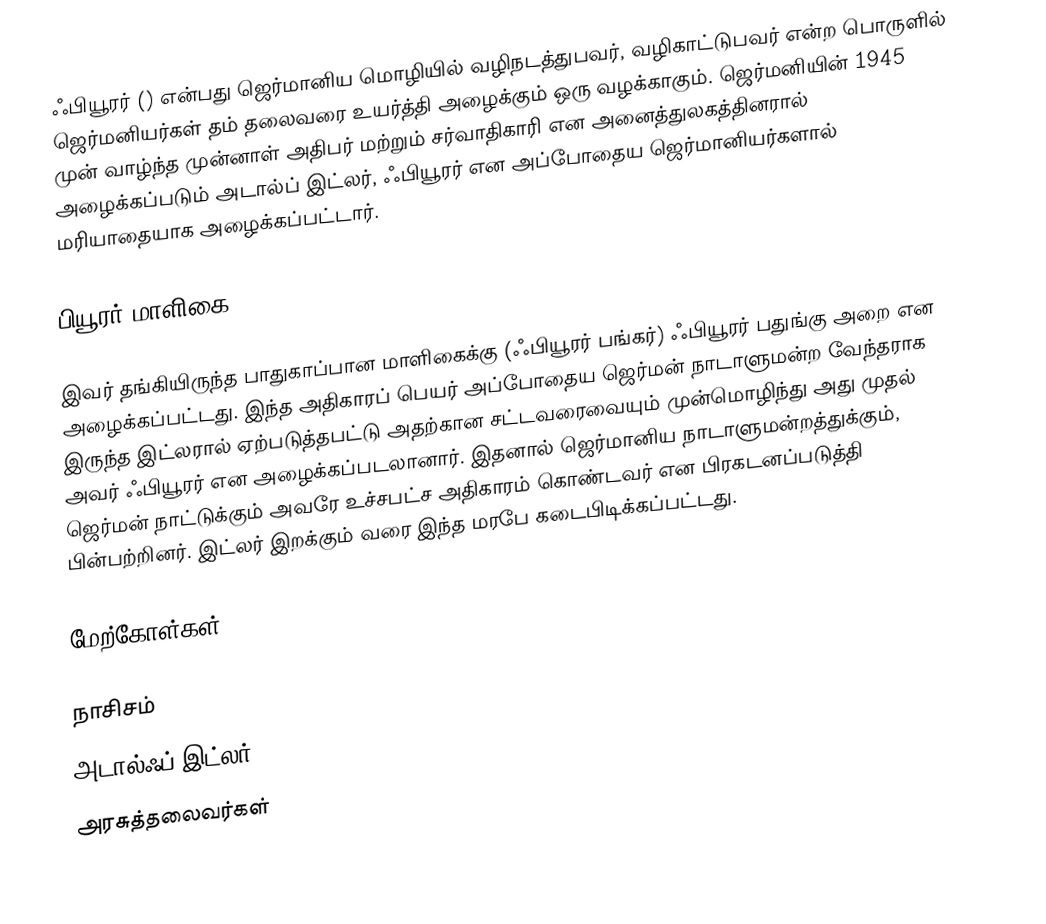
ஃபியூரர் () என்பது ஜெர்மானிய மொழியில் வழிநடத்துபவர், வழிகாட்டுபவர் என்ற பொருளில் ஜெர்மனியர்கள் தம் தலைவரை உயர்த்தி அழைக்கும் ஒரு வழக்காகும். ஜெர்மனியின் 1945 முன் வாழ்ந்த முன்னாள் அதிபர் மற்றும் சர்வாதிகாரி என அனைத்துலகத்தினரால் அழைக்கப்படும் அடால்ப் இட்லர், ஃபியூரர் என அப்போதைய ஜெர்மானியர்களால் மரியாதையாக அழைக்கப்பட்டார்.

பியூரர் மாளிகை

இவர் தங்கியிருந்த பாதுகாப்பான மாளிகைக்கு (ஃபியூரர் பங்கர்) ஃபியூரர் பதுங்கு அறை என அழைக்கப்பட்டது. இந்த அதிகாரப் பெயர் அப்போதைய ஜெர்மன் நாடாளுமன்ற வேந்தராக இருந்த இட்லரால் ஏற்படுத்தபட்டு அதற்கான சட்டவரைவையும் முன்மொழிந்து அது முதல் அவர் ஃபியூரர் என அழைக்கப்படலானார். இதனால் ஜெர்மானிய நாடாளுமன்றத்துக்கும், ஜெர்மன் நாட்டுக்கும் அவரே உச்சபட்ச அதிகாரம் கொண்டவர் என பிரகடனப்படுத்தி பின்பற்றினர். இட்லர் இறக்கும் வரை இந்த மரபே கடைபிடிக்கப்பட்டது.

மேற்கோள்கள்

நாசிசம்
அடால்ஃப் இட்லர்
அரசுத்தலைவர்கள்